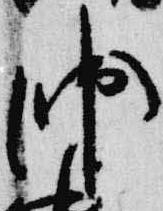
帥